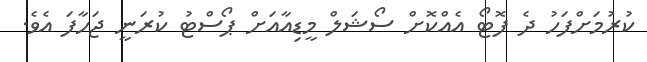
ކުރުމަށްފަހު ދެ ފޮޓޯ އެއްކޮށް ސޯޝަލް މީޑިއާއަށް ޕޯސްޓު ކުރަނީ ޖަހާފަ އެވެ.